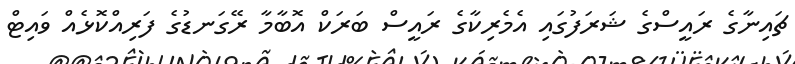
ޗައިނާގެ ރައީސްގެ ޝަރަފުގައި އެމެރިކާގެ ރައީސް ބަރަކް އޮބާމާ ރޭގަނޑުގެ ފަރިއްކޮޅެއް ވައިޓް